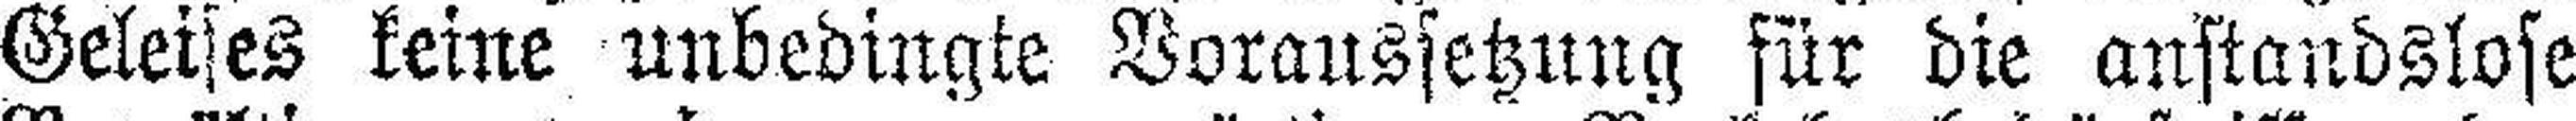
Geleises keine unbedingte Voraussetzung für die anstandslose